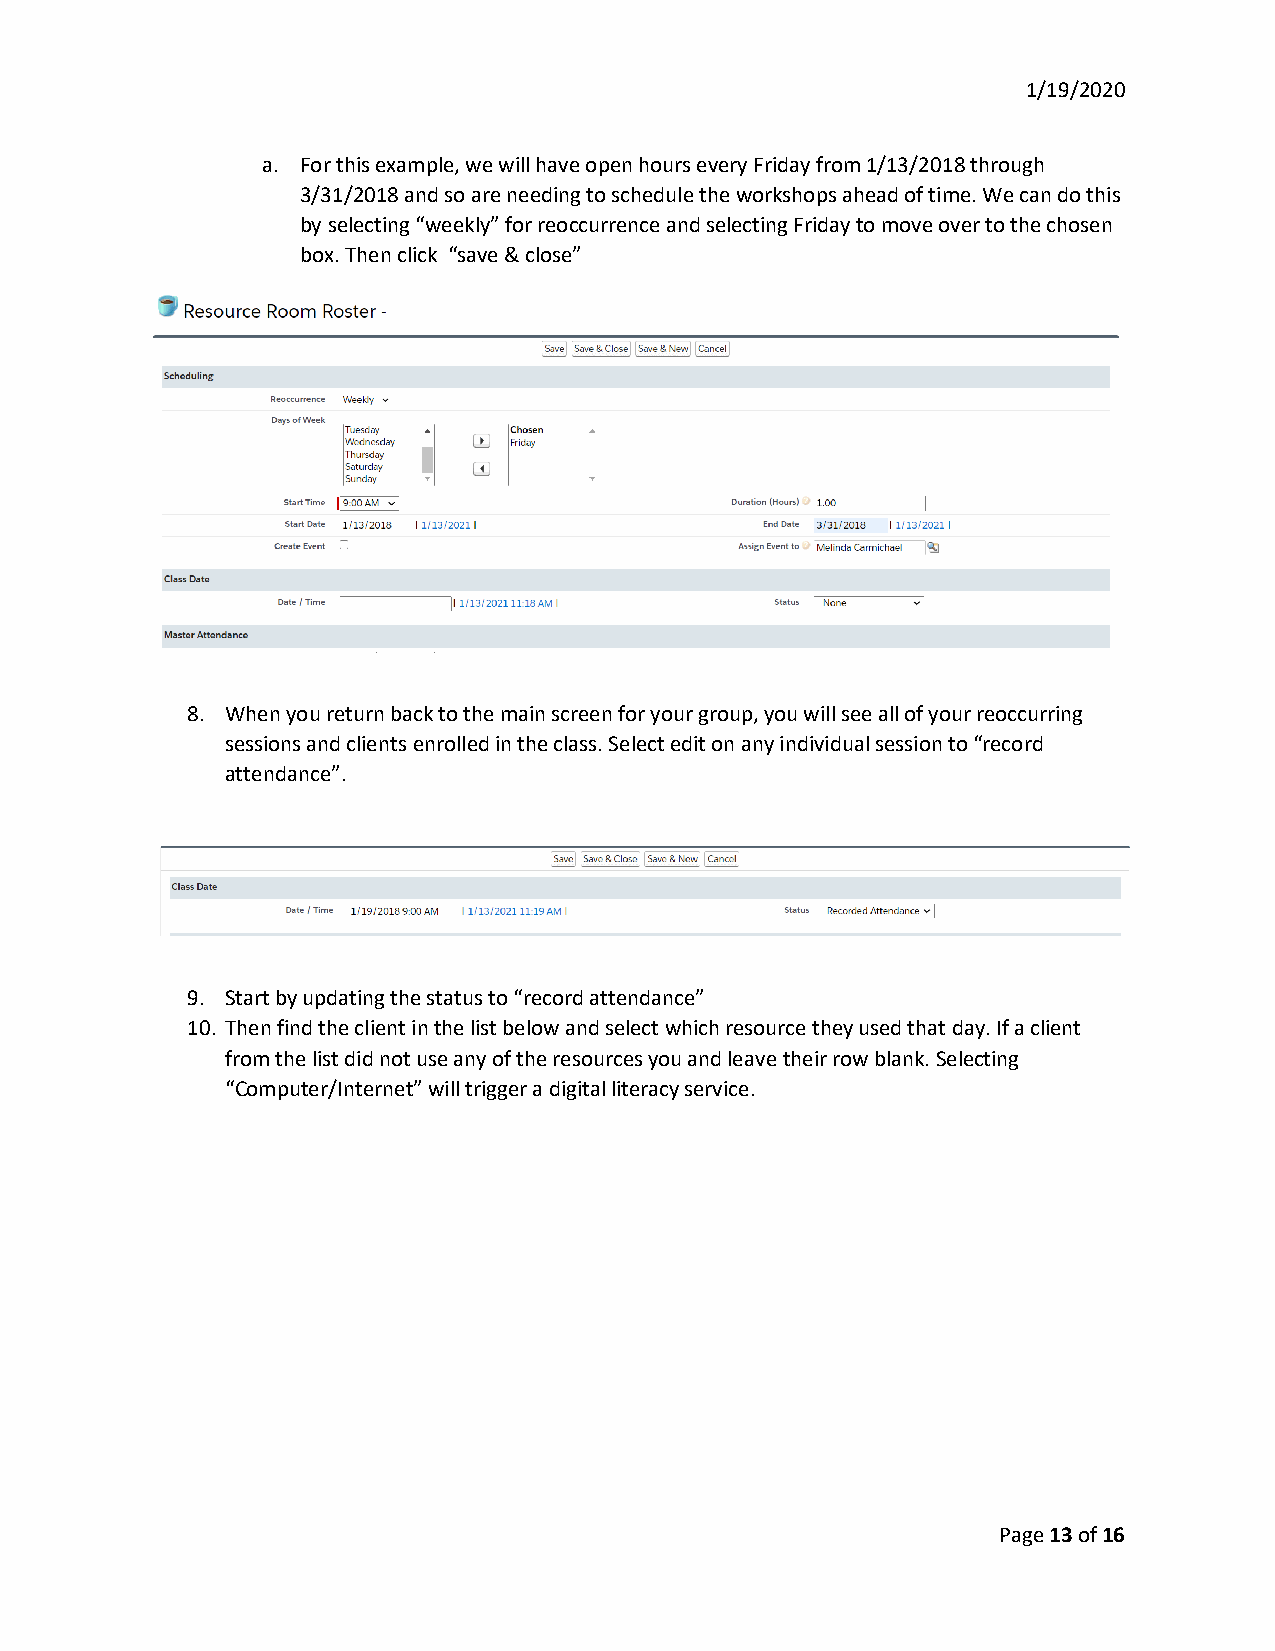
1/19/2020
 a. For this example, we will have open hours every Friday from 1/13/2018 through
 3/31/2018 and so are needing to schedule the workshops ahead of time. We can do this
 by selecting “weekly” for reoccurrence and selecting Friday to move over to the chosen
 box. Then click “save & close”
 8. When you return back to the main screen for your group, you will see all of your reoccurring
 sessions and clients enrolled in the class. Select edit on any individual session to “record
 attendance”.
 9. Start by updating the status to “record attendance”
 10. Then find the client in the list below and select which resource they used that day. If a client
 from the list did not use any of the resources you and leave their row blank. Selecting
 “Computer/Internet” will trigger a digital literacy service.
 Page 13 of 16